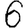
Digit: 6